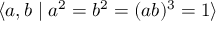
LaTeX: \langle a , b \mid a ^ { 2 } = b ^ { 2 } = ( a b ) ^ { 3 } = 1 \rangle